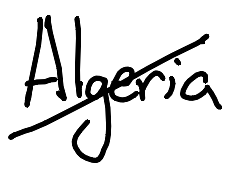
Text: Algeria
Cross-out: mix
Writing tool: digital_black